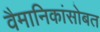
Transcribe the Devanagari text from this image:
वैमानिकांसोबत